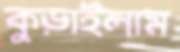
কুড়াইলাম